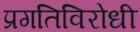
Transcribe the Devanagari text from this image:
प्रगतिविरोधी